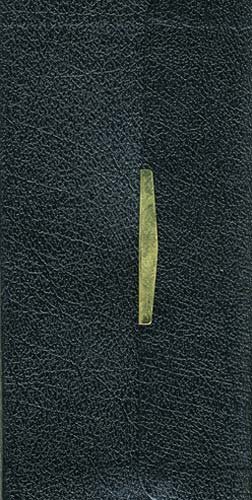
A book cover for Nelson's Classic Companion NKJV Bible (Black Bonded Leather); Thomas Nelson; Christian Books & Bibles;